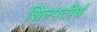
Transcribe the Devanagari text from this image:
शिल्पतीर्थ